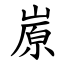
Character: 㟶